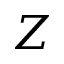
Z